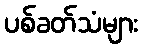
ပစ်ခတ်သံများ